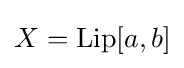
{\textstyle X={\text{Lip}}[a,b]}